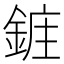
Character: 𮢔